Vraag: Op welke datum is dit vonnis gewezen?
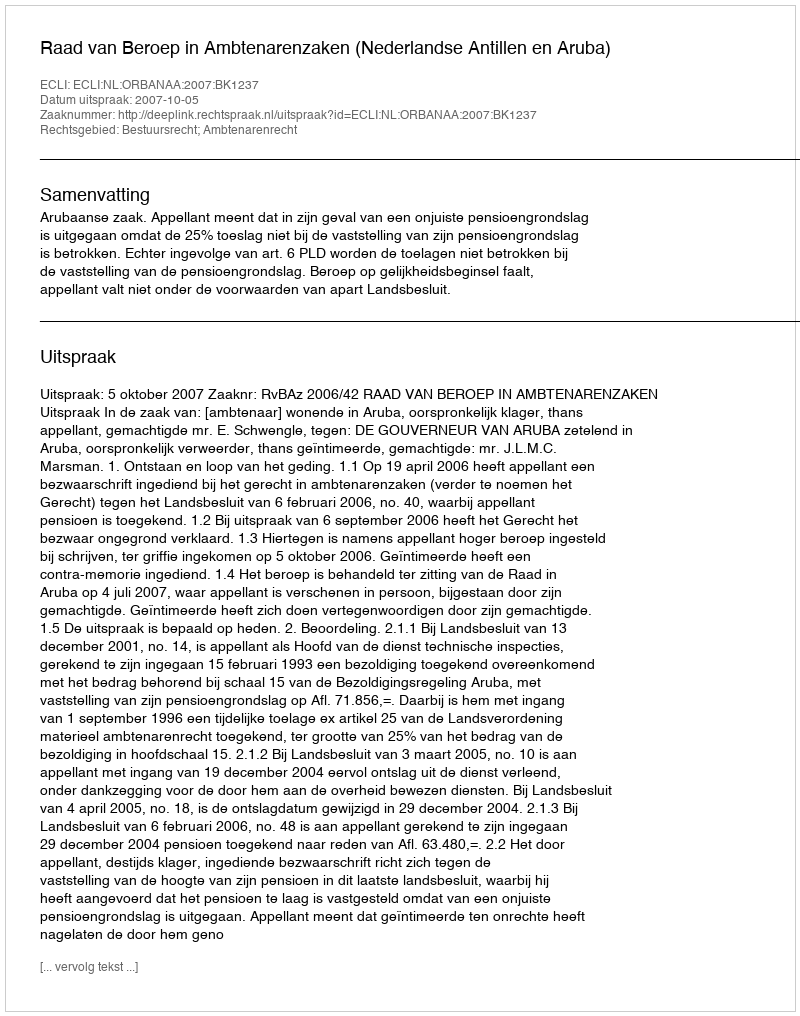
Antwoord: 2007-10-05